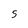
Character: S